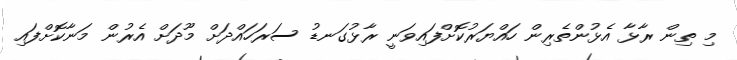
މި ތިން ރާޅާ އެޅުންތެރިން ހައްޔަރުކޮށްފައިވަނީ ރާޅުގަނޑު ސަރަހައްދަށް މޫދަށް އެރުން މަނާކޮށްފައި